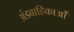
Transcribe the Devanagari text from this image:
अंडवाहिकाओं